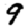
Digit: 9